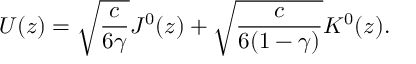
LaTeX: U ( z ) = \sqrt { \frac { c } { 6 \gamma } } J ^ { 0 } ( z ) + \sqrt { \frac { c } { 6 ( 1 - \gamma ) } } K ^ { 0 } ( z ) .